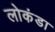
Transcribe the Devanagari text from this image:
लोकंडा